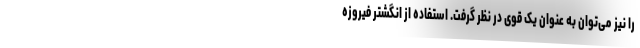
را نیز می‌توان به عنوان یک قوی در نظر گرفت. استفاده از انگشتر فیروزه